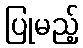
ပြုမည့်